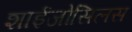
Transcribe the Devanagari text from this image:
शाईजोसिलस